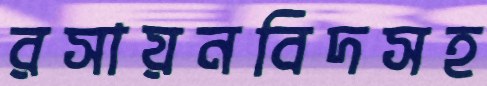
রসায়নবিদসহ